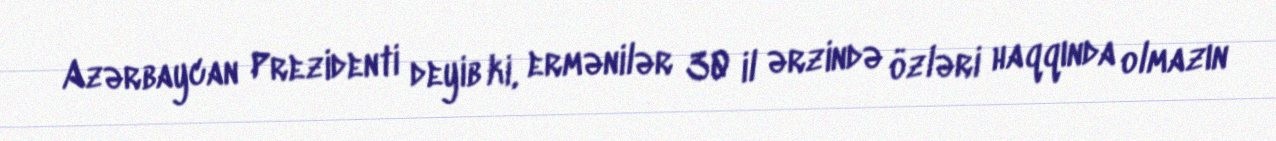
Azərbaycan Prezidenti deyib ki, ermənilər 30 il ərzində özləri haqqında olmazın